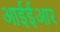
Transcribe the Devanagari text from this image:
आईईआर